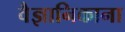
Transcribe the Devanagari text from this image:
वैज्ञानिकाना